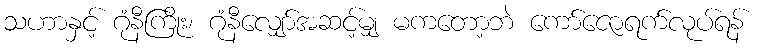
သဟာနှင့် ဂုံနီကြိုး၊ ဂုံနီလျှော်အဆင့်မျှ မကတော့ဘဲ ကော်ဇောရက်လုပ်ရန်